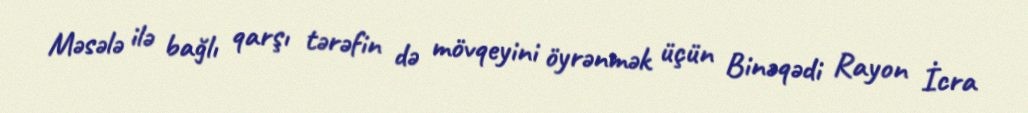
Məsələ ilə bağlı qarşı tərəfin də mövqeyini öyrənmək üçün Binəqədi Rayon İcra